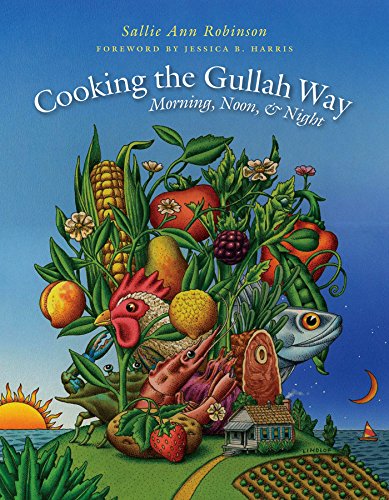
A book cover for Cooking the Gullah Way, Morning, Noon, and Night; Sallie Ann Robinson; Cookbooks, Food & Wine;